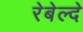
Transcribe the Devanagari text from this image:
रेबेल्दे